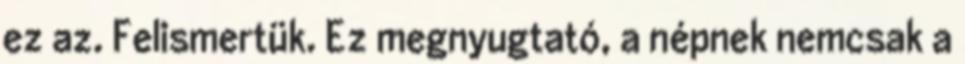
ez az. Felismertük. Ez megnyugtató, a népnek nemcsak a